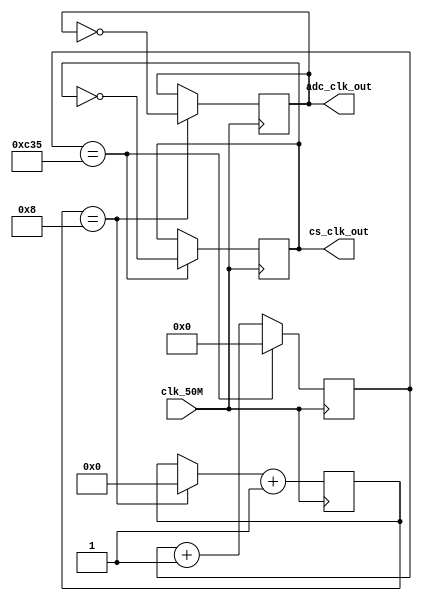
module SB1287_freq_scale(
 input clk_50M,
 output adc_clk_out,cs_clk_out
);

// Declaring Variables
reg [14:0] cs_counter = 1;
reg [3:0] s_clk_counter = 1;
reg cs_out = 1, adc_out = 0;

// For Color Sensor
// 50 Mhz to 800 Khz
always @(posedge clk_50M) begin
    if (cs_counter == 3125) begin
        cs_out = ~cs_out; cs_counter = 0;
    end
    else cs_counter = cs_counter + 1;
end

// For ADC Module
// 50Mhz to 3.125Mhz
always @(negedge clk_50M) begin  
    if (s_clk_counter == 8) begin
        adc_out = ~adc_out; s_clk_counter = 0;
    end
    s_clk_counter = s_clk_counter + 1;
end

// Assigning Output Clock
assign cs_clk_out = cs_out;
assign adc_clk_out = adc_out;

endmodule